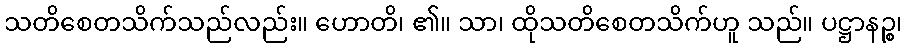
သတိစေတသိက်သည်လည်း။ ဟောတိ၊ ၏။ သာ၊ ထိုသတိစေတသိက်ဟူ သည်။ ပဋ္ဌာနဉ္စ၊